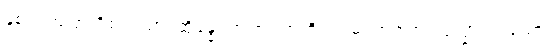
နှစ်ပါးအပြားရှိ၏။ သာ၊ ထိုခန္ဓပုရာဏဇရာကို။ ဣဓ၊ ဤဇရာပိ ဒုက္ခာ၊ ဟူသော